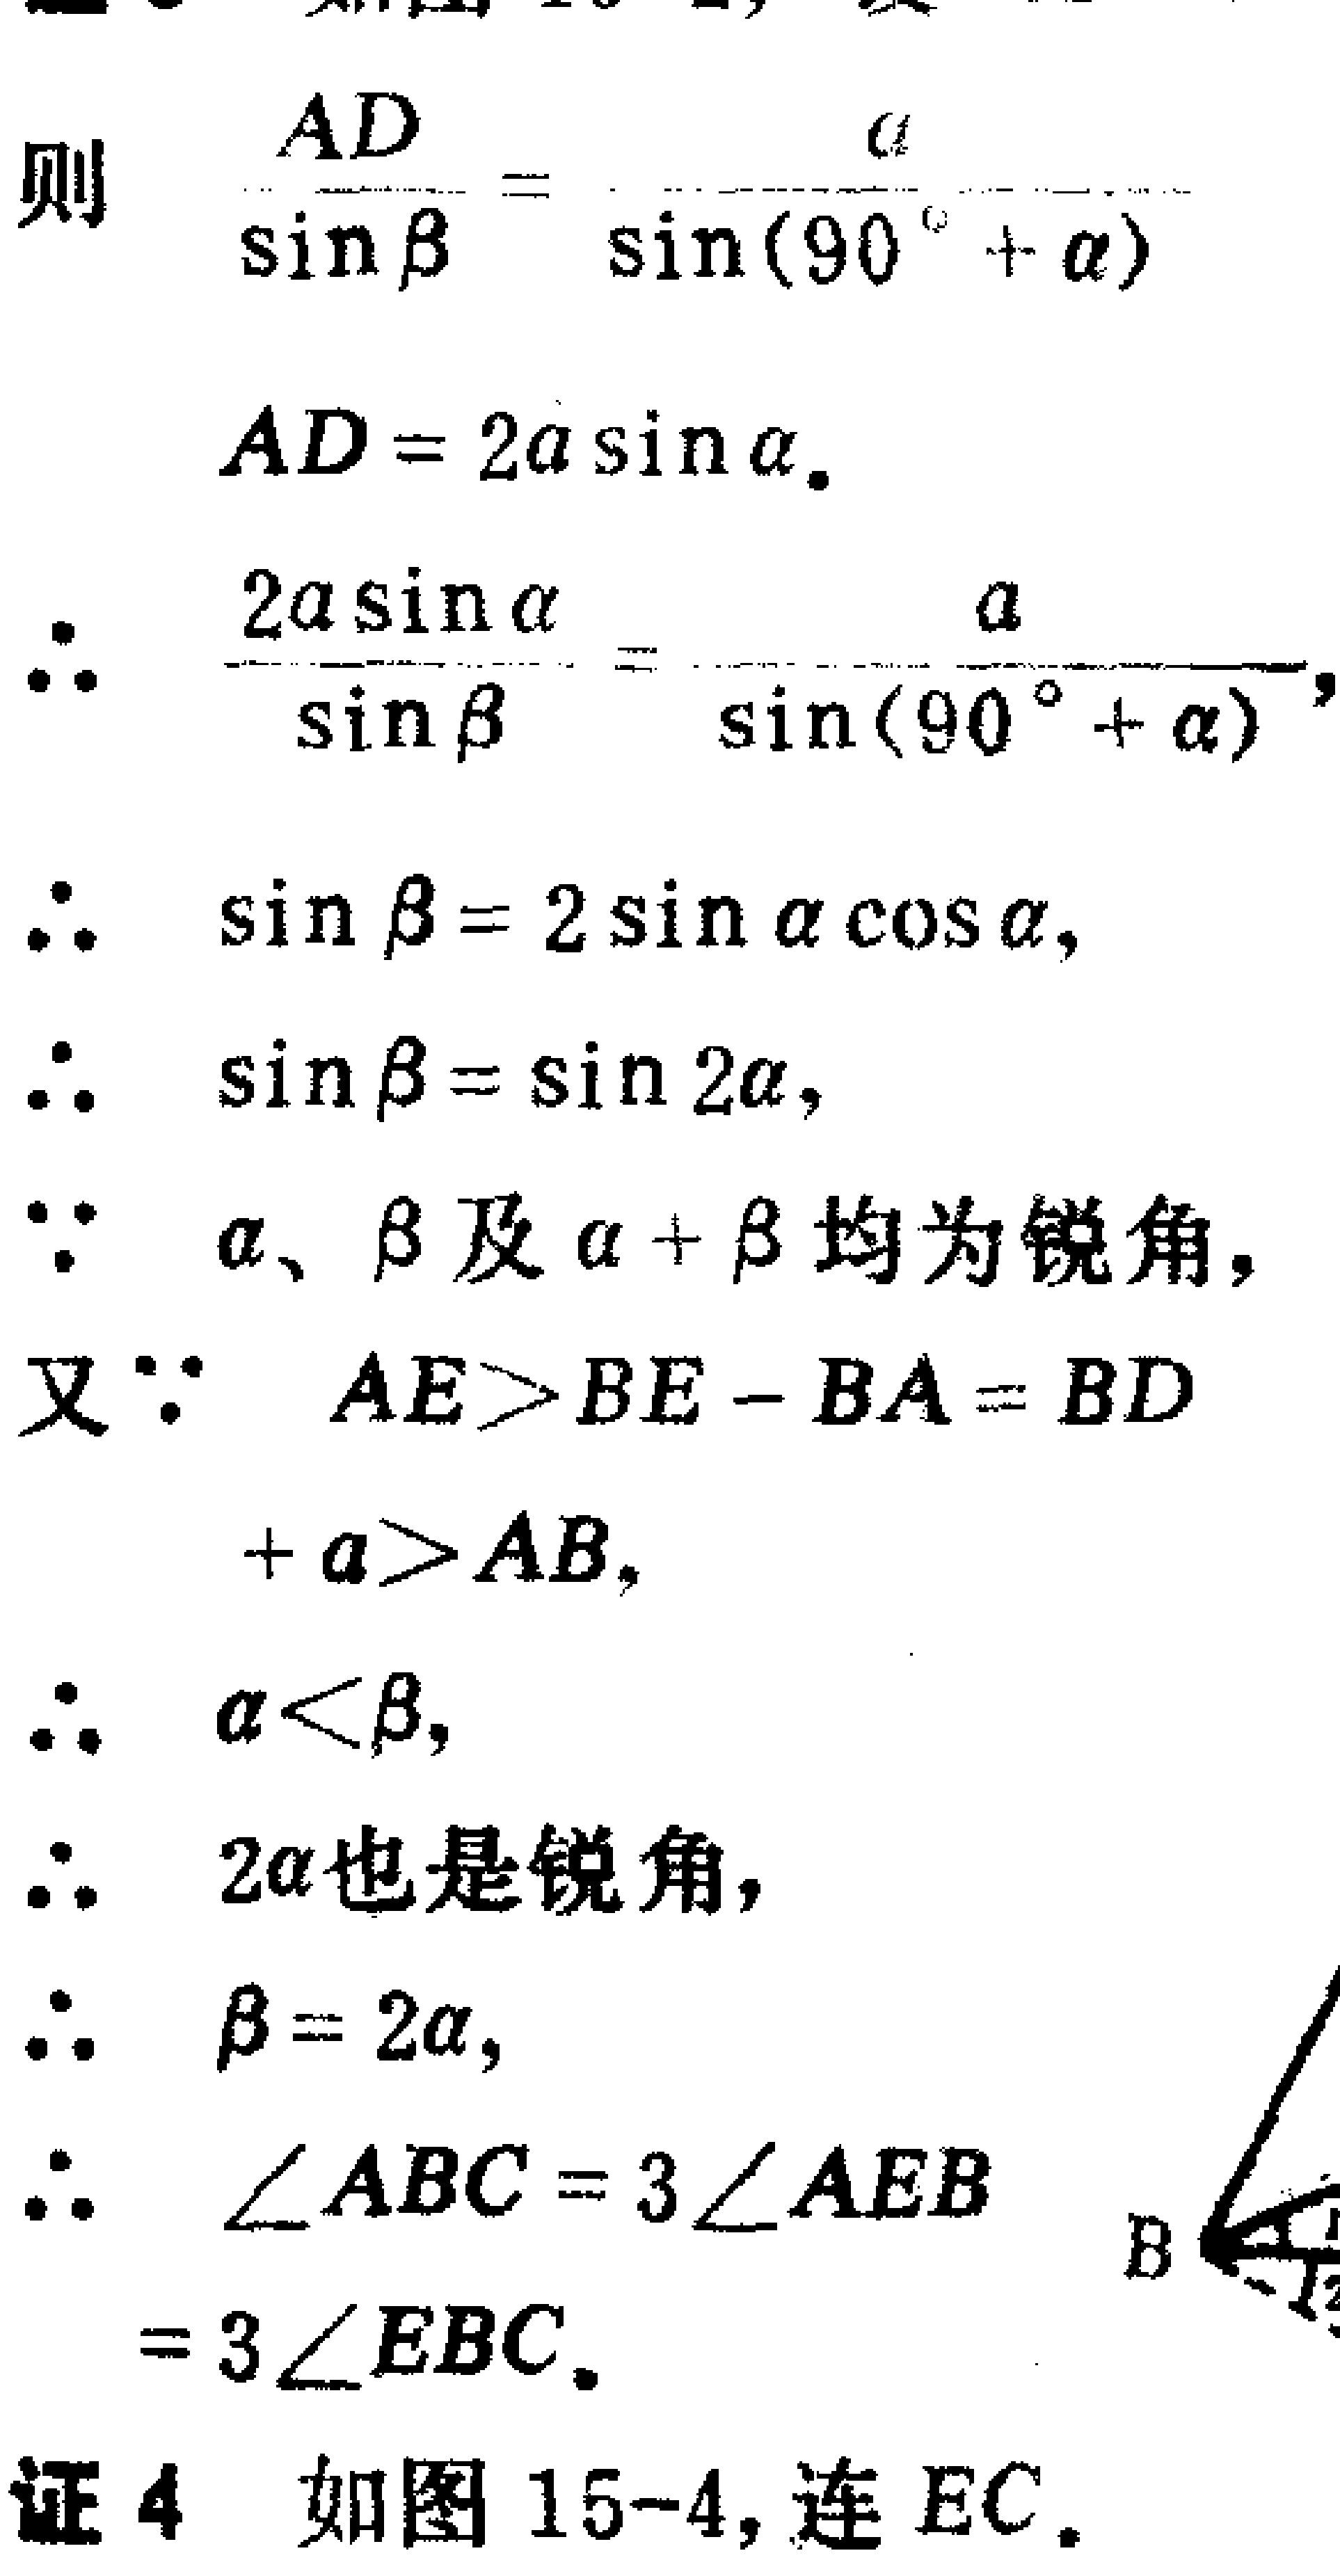
则

\[

\frac{AD}{\sin\beta}=\frac{a}{\sin(90^{\circ}+\alpha)}

\]

\[

AD = 2a\sin\alpha.

\]

\[

\therefore \frac{2a\sin\alpha}{\sin\beta}=\frac{a}{\sin(90^{\circ}+\alpha)},

\]

\[

\therefore \sin\beta = 2\sin\alpha\cos\alpha,

\]

\[

\therefore \sin\beta=\sin 2\alpha,

\]

\[

\because \text{ } \alpha、\beta\text{ 及 } \alpha+\beta\text{ 均为锐角},

\]

又\(\because AE > BE - BA=BD\)

\[

+a>AB,

\]

\[

\therefore \alpha<\beta,

\]

\[

\therefore 2\alpha\text{也是锐角},

\]

\[

\therefore \beta = 2\alpha,

\]

\[

\therefore \angle ABC = 3\angle AEB

\]

\[

= 3\angle EBC.

\]

证4 如图15 - 4, 连 \(EC\).